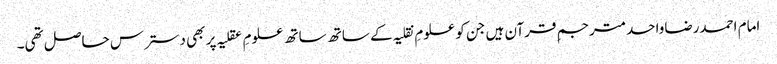
امام احمدرضاواحدمترجمِ قرآن ہیں جن کو علومِ نقلیہ کے ساتھ ساتھ علومِ عقلیہ پر بھی دسترس حاصل تھی۔